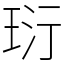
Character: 𤤾